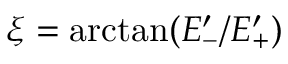
\xi = \arctan ( E _ { - } ^ { \prime } / E _ { + } ^ { \prime } )